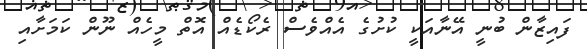
ފައިޒާން ބުނީ އޭނާއަކީ ކުށުގެ އެއްވެސް ރެކޯޑެއް އޮތް މީހެއް ނޫން ކަމަށާއި